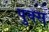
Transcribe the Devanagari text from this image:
पुक्स